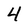
Character: 4